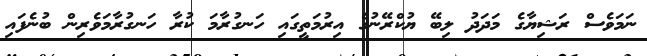
ނަމަވެސް ރަޝިޔާގެ މަދަދު ލިބޭ ޔުކްރޭނުގެ އިރުމަތީގައި ހަނގުރާމަ ކުރާ ހަނގުރާމަވެރިން ބުނެފައި